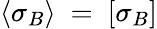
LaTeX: \langle{\sigma_{B}}\rangle~=~[\sigma_{B}]